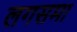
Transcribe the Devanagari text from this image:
लगसमा